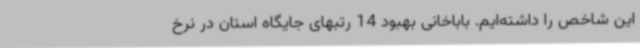
این شاخص را داشته‌ایم. باباخانی بهبود 14 رتبهای جایگاه استان در نرخ